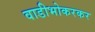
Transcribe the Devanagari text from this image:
वाडीभोकरकर